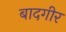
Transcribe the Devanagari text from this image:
बादगीर